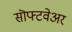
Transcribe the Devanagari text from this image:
सॊफ्टवेअर